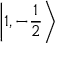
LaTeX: \left| 1 , - { \frac { 1 } { 2 } } \right\rangle